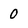
Character: 0